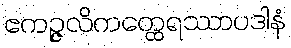
ဧကဉ္ဇလိကတ္ထေရဿာပဒါနံ